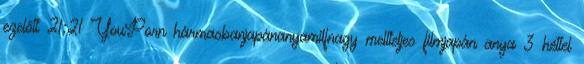
ezelőtt 21:21 YouPorn hármasbanjapánanyamilfnagy mellteljes filmjapán anya 3 héttel